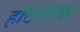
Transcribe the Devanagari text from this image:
हॉटस्टफ